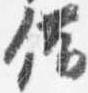
備